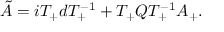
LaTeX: \tilde { A } = i T _ { + } d T _ { + } ^ { - 1 } + T _ { + } Q T _ { + } ^ { - 1 } A _ { + } .